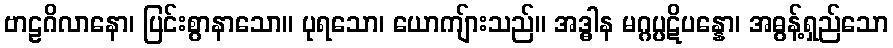
ဗာဠဂိလာနော၊ ပြင်းစွာနာသော။ ပုရသော၊ ယောကျ်ားသည်။ အဒ္ဓါန မဂ္ဂပ္ပဋိပန္နော၊ အဓွန့်ရှည်သော